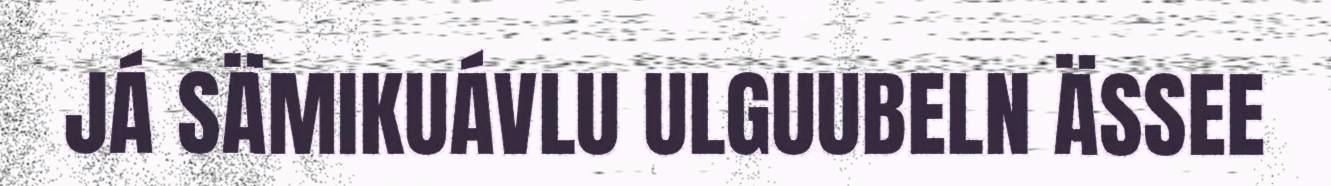
JÁ SÄMIKUÁVLU ULGUUBELN ÄSSEE